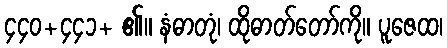
၄၄၀+၄၄၁+ ၏။ နံဓာတုံ၊ ထိုဓာတ်တော်ကို။ ပူဇေထ၊